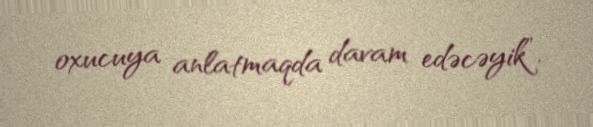
oxucuya anlatmaqda davam edəcəyik”.